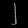
Digit: ၂